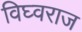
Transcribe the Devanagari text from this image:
विघ्वराज